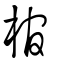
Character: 棺